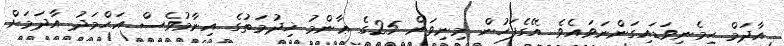
އާދަމް ހިމެނިވަޑައިގަންނަވައެވެ. އޭގެފަހުން މިނިވަން 25ގެ ޢާންމު ޚިދުމަތުގެ އިނާމުވެސް އަޙްމަދު އާދަމަށް